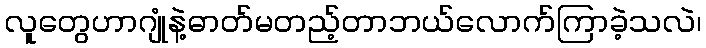
လူတွေဟာဂျုံနဲ့ဓာတ်မတည့်တာဘယ်လောက်ကြာခဲ့သလဲ၊